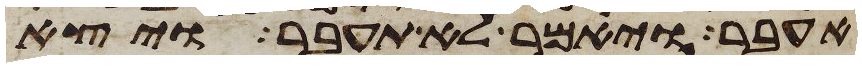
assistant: אעבר ויאמר לא תעבר ויצא